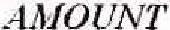
AMOUNT